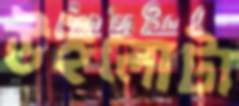
উইলোটা